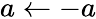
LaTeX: a\gets-a